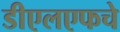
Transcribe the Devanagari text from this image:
डीएलएफचे